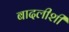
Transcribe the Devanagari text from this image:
बादलीशी